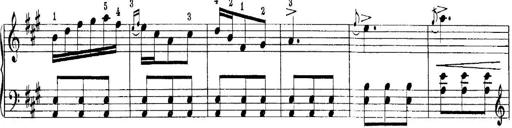
Title: Quatres sonatines
Composer: Tadeusz Joteyko